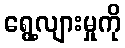
ရွေ့လျားမှုကို